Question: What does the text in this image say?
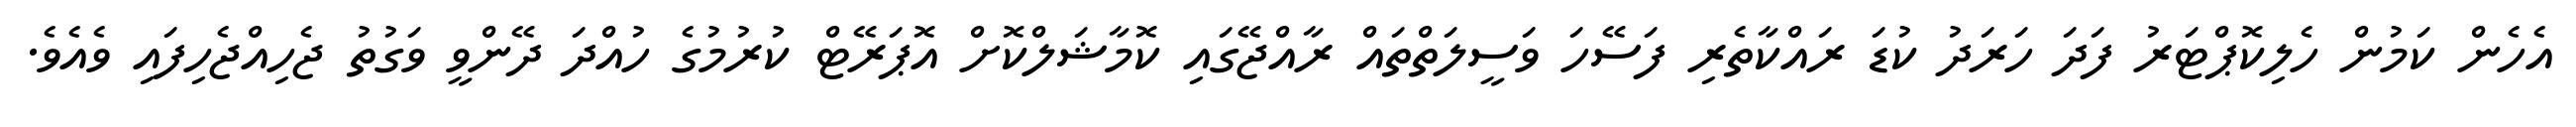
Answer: އެހެން ކަމުން ހެލިކޮޕްޓަރު ފަދަ ހަރަދު ކުޑަ ރައްކާތެރި ފަސޭހަ ވަސީލަތްތައް ރާއްޖޭގައި ކޮމާޝަލްކޮށް އޮޕަރޭޓް ކުރުމުގެ ހުއްދަ ދޭންވީ ވަގުތު ޖެހިއްޖެހިފައި ވެއެވެ.